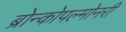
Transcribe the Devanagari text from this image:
ब्रोन्कोपल्मोनरी